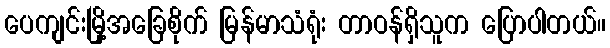
ပေကျင်းမြို့အခြေစိုက် မြန်မာသံရုံး တာဝန်ရှိသူက ပြောပါတယ်။